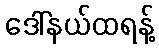
ဒေါ်နယ်ထရန့်